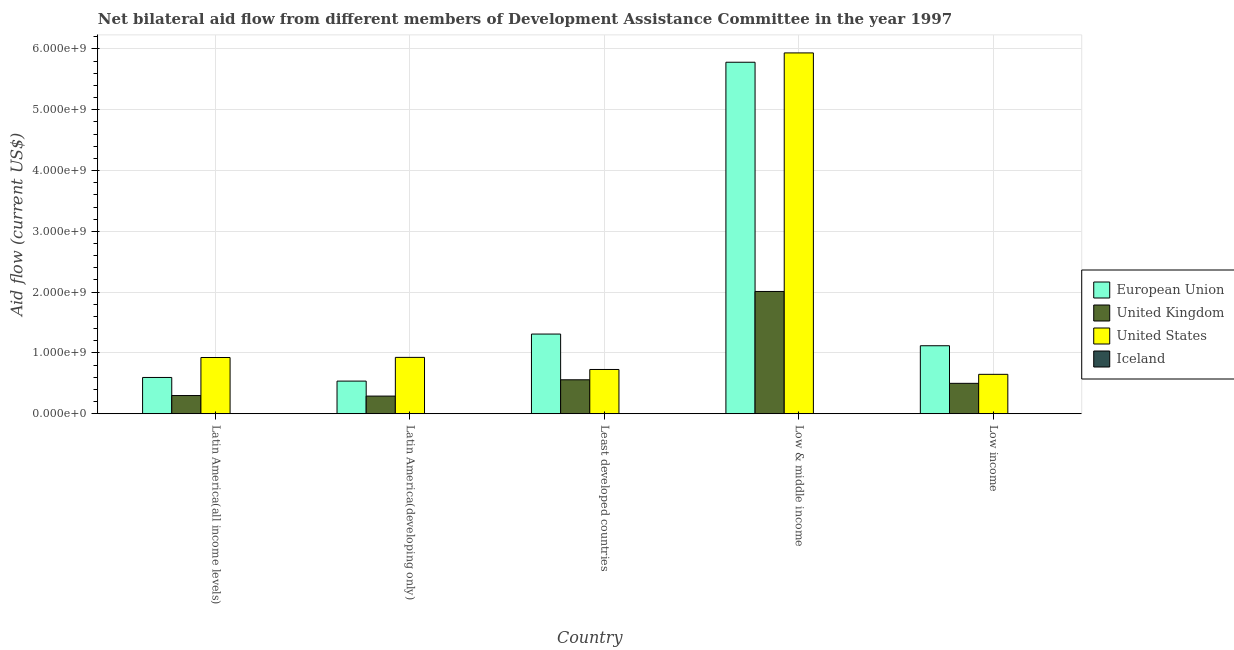
| Country | European Union | United Kingdom | United States | Iceland |
 | --- | --- | --- | --- | --- |
 | Latin America(all income levels) | 5.97e+08 | 2.99e+08 | 9.25e+08 | 2.2e+06 |
 | Latin America(developing only) | 5.37e+08 | 2.9e+08 | 9.27e+08 | 2.2e+06 |
 | Least developed countries | 1.31e+09 | 5.58e+08 | 7.28e+08 | 1.46e+06 |
 | Low & middle income | 5.78e+09 | 2.01e+09 | 5.94e+09 | 3.08e+06 |
 | Low income | 1.12e+09 | 5e+08 | 6.48e+08 | 3.8e+05 |